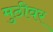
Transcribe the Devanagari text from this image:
मुठीवर